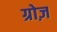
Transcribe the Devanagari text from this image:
ग्रोज़